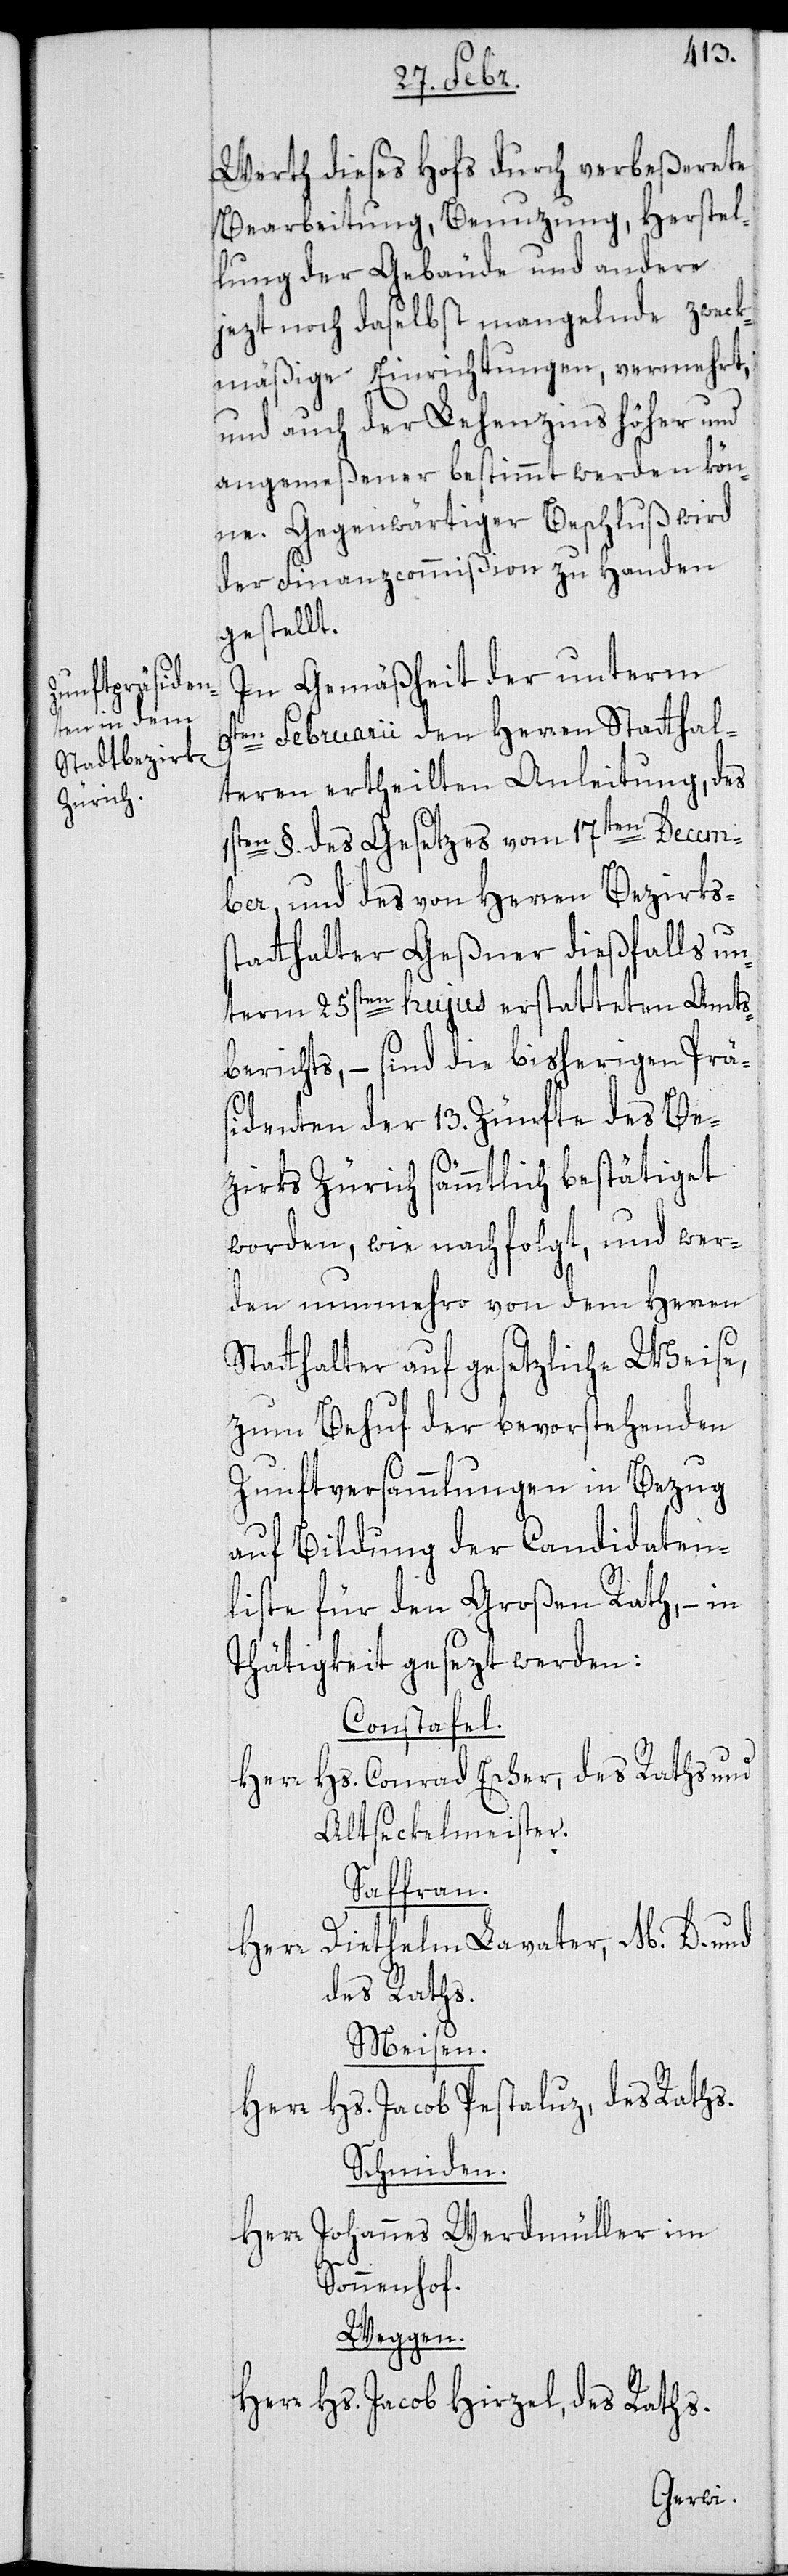
Werth dieses Hofs durch verbeßerete
Bearbeitung, Benuzung, Herstel¬
lung der Gebäude und andere
jezt noch daselbst mangelnde zweck¬
mäßige Einrichtungen, vermehrt,
und auch der Lehenzins höher und
angemeßener bestimmt werden kön¬
ne. Gegenwärtiger Beschluß wird
der Finanzcommißion zu Handen
gestellt.
In Gemäßheit der unterm
9ten Februarii den Herren Statthal¬
teren ertheilten Anleitung, des
1sten §. des Gesetzes vom 17ten Decem¬
ber, und des von Herren Bezirkss¬
tatthalter Geßner dießfalls un¬
term 25sten hujus erstatteten Amts¬
berichts, – sind die bisherigen Prä¬
sidenten der 13. Zünfte des Be¬
zirks Zürich sämmtlich bestätiget
worden, wie nachfolgt, und wer¬
den nunmehro von dem Herren
Statthalter auf gesetzliche Weise,
zum Behuf der bevorstehenden
Zunftversammlungen in Bezug
auf Bildung der Candidaten¬
liste für den Großen Rath, – in
Thätigkeit gesetzt werden:
Constaffel.
Herr Hs. Conrad Escher, des Raths und
Altseckelmeister.
Saffran.
Herr Diethelm Lavater, M. D. und
des Raths.
Meisen.
Herr Hs. Jacob Pestaluz, des Raths.
Schmiden.
Herr Johannes Werdmüller, im
Sonnenhof.
Weggen.
Herr Hs. Jacob Hirzel, des Raths.